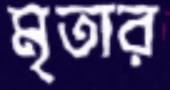
মৃতার